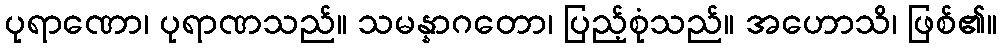
ပုရာဏော၊ ပုရာဏသည်။ သမန္နာဂတော၊ ပြည့်စုံသည်။ အဟောသိ၊ ဖြစ်၏။